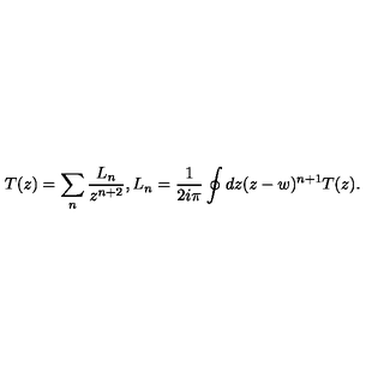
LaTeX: T ( z ) = \sum _ { n } \frac { L _ { n } } { z ^ { n + 2 } } , L _ { n } = \frac { 1 } { 2 i \pi } \oint { d z ( z - w ) ^ { n + 1 } } T ( z ) .